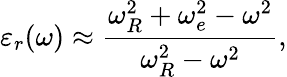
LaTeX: \varepsilon_{r}(\omega)\approx\frac{\omega_{R}^{2}+\omega_{e}^{2}-\omega^{2}}{\omega_{R}^{2}-\omega^{2}},